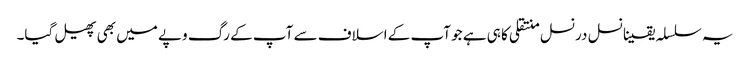
یہ سلسلہ یقینا نسل درنسل منتقلی کا ہی ہے جو آپ کے اسلاف سے آپ کے رگ وپے میں بھی پھیل گیا۔